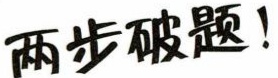
两步破题！